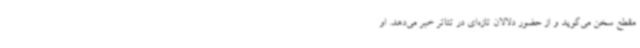
مقطع سخن می‌گوید و از حضور دلالان تازه‌ای در تئاتر خبر می‌دهد. او